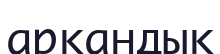
арқандық